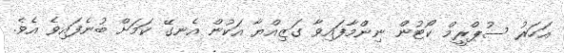
އަަހަރު ސުޕްރީމް ކޯޓުން ނިންމާފައިވާ ގަޒިއްޔާ އަކުން އެނގޭ ކަމަށް ބުނެފައިވެ އެވެ.